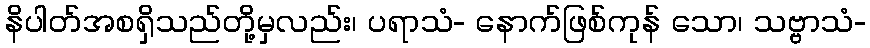
နိပါတ်အစရှိသည်တို့မှလည်း၊ ပရာသံ- နောက်ဖြစ်ကုန် သော၊ သဗ္ဗာသံ-